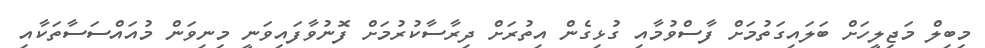
މިބިލް މަޖިލީހަށް ބަލައިގަތުމަށް ފާސްވުމާއި ގުޅިގެން އިތުރަށް ދިރާސާކުރުމަށް ފޮނުވާފައިވަނީ މިނިވަން މުއައްސަސާތަކާއި